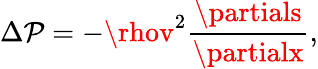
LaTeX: \Delta\mathcal{P}=-\rhov^{2}{\frac{{\partials}}{{\partialx}}},